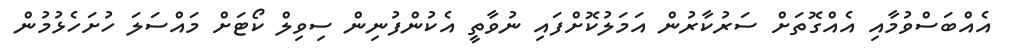
އެއްބަސްވުމާއި އެއްގޮތަށް ސަރުކާރުން އަމަލުކޮށްފައި ނުވާތީ އެކުންފުނިން ސިވިލް ކޯޓަށް މައްސަލަ ހުށަހެޅުމުން